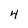
Character: 4